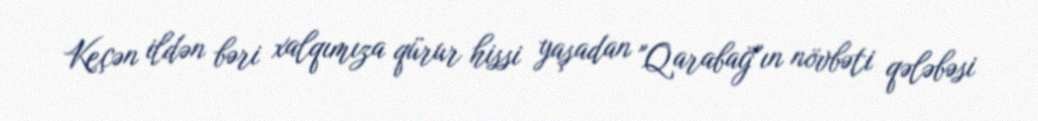
Keçən ildən bəri xalqımıza qürur hissi yaşadan "Qarabağ"ın növbəti qələbəsi